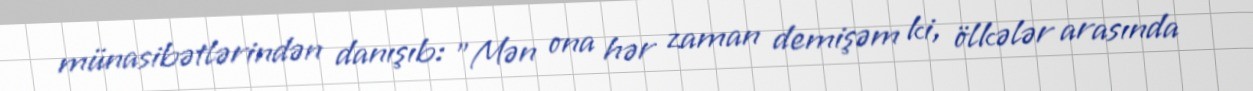
münasibətlərindən danışıb: "Mən ona hər zaman demişəm ki, ölkələr arasında